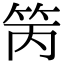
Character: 䇤